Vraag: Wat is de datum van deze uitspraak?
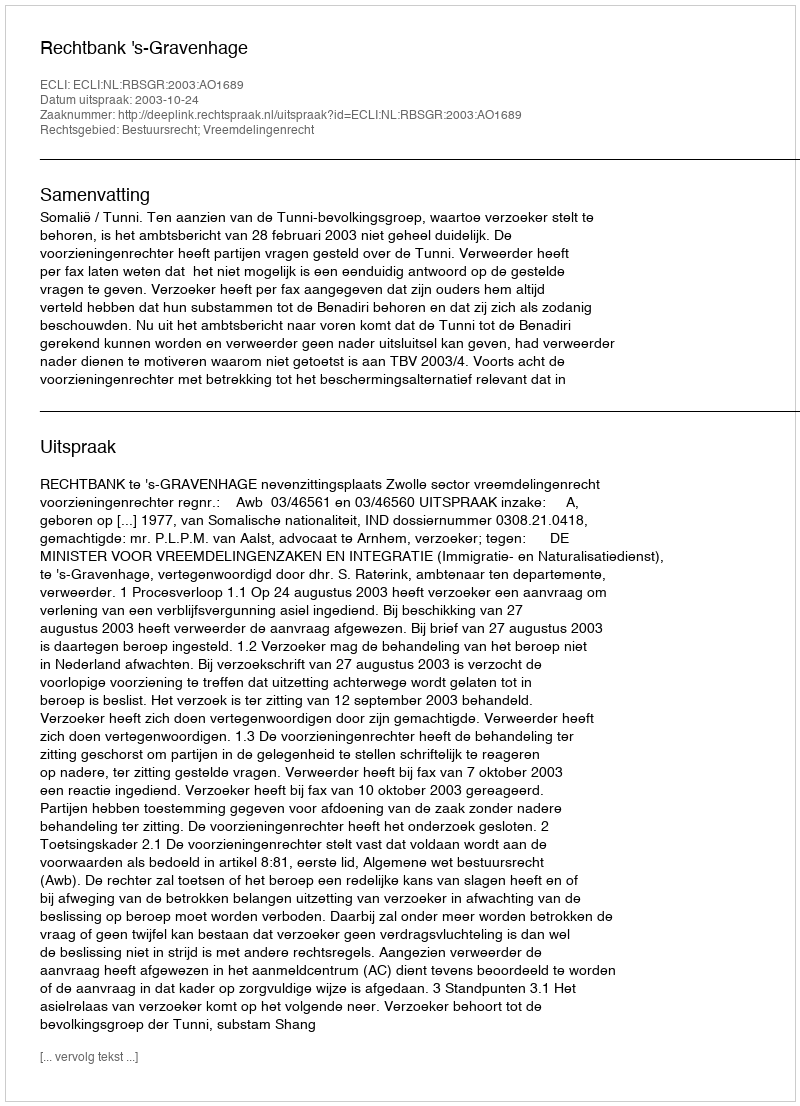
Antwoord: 2003-10-24